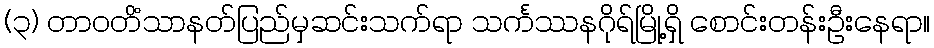
(၃) တာဝတိံသာနတ်ပြည်မှဆင်းသက်ရာ သင်္ကဿနဂိုရ်မြို့ရှိ စောင်းတန်းဦးနေရာ။